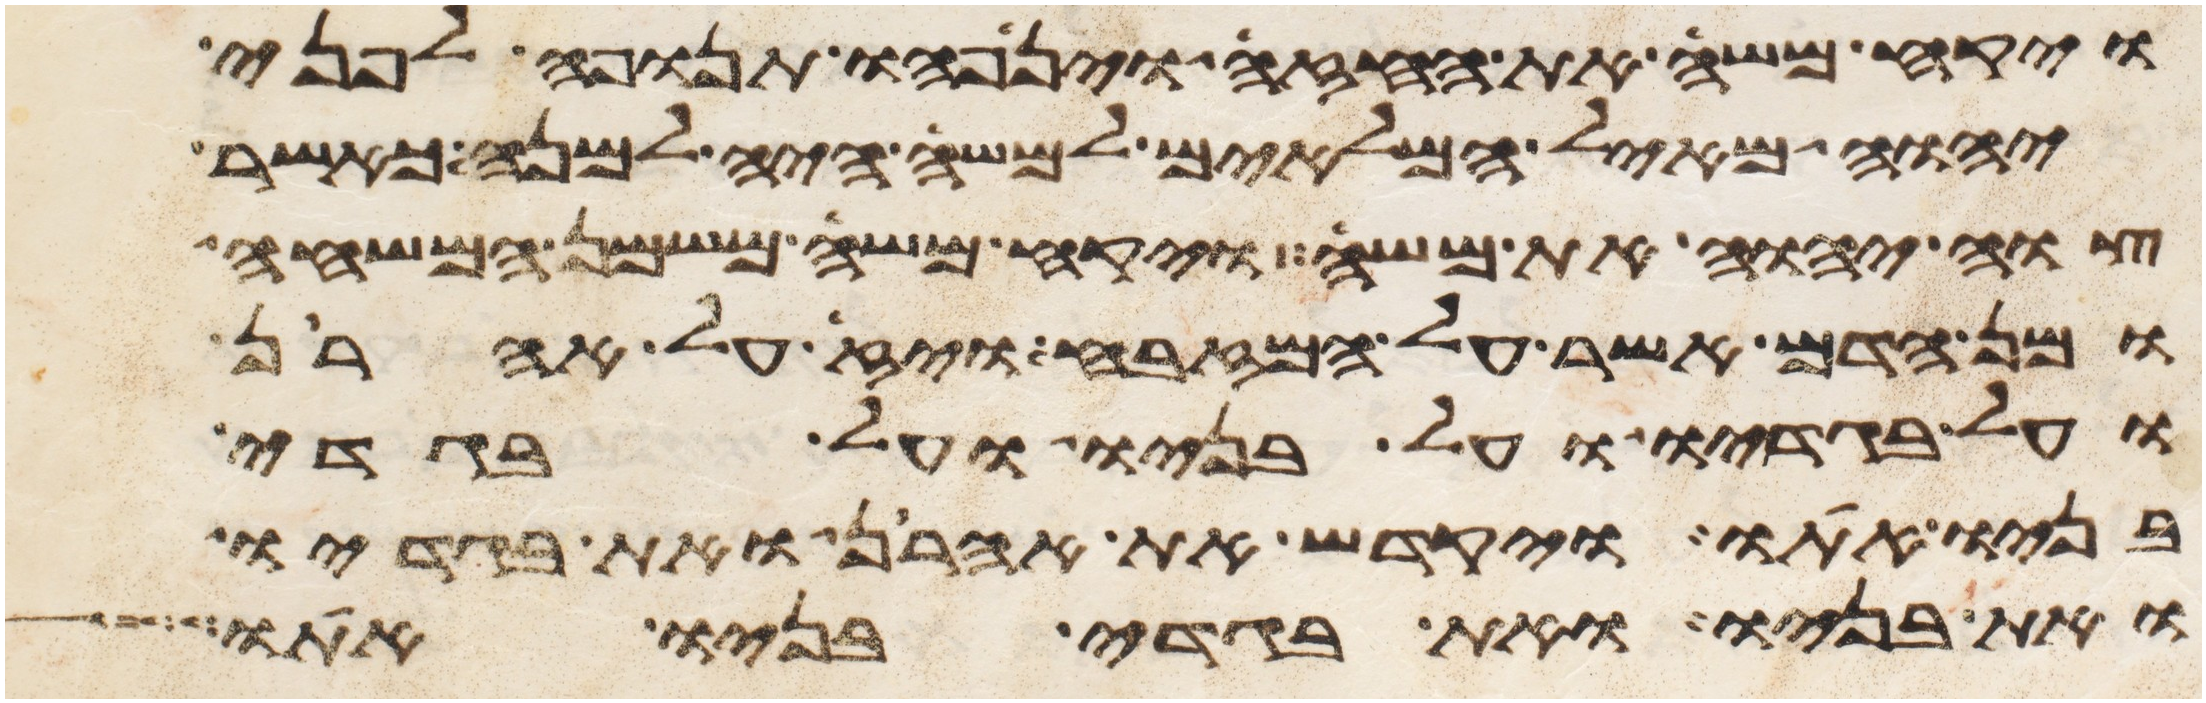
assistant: ויקח משה את החזה וינפהו תנופה לפני
יהוה מאיל המלאים למשה היה למנה כאשר
צוה יהוה את משה ויקח משה משמן המשחה
ומן הדם אשר על המזבח ויז על אהרן
ועל בגדיו ועל בניו ועל בגדי
בניו אתו ויקדש את אהרן ואת בגדיו
ואת בניו ואת בגדי בניו אתו